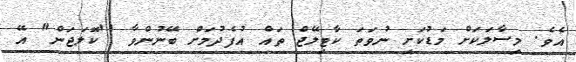
އެވެ. މިސާލަކަށް މަޑުކަށި ނުވަތަ ކާޓިލޭޖް ތައް އުފެދުމަށް ބޭނުންވާ ''ކޮލަޖަން" އޭ